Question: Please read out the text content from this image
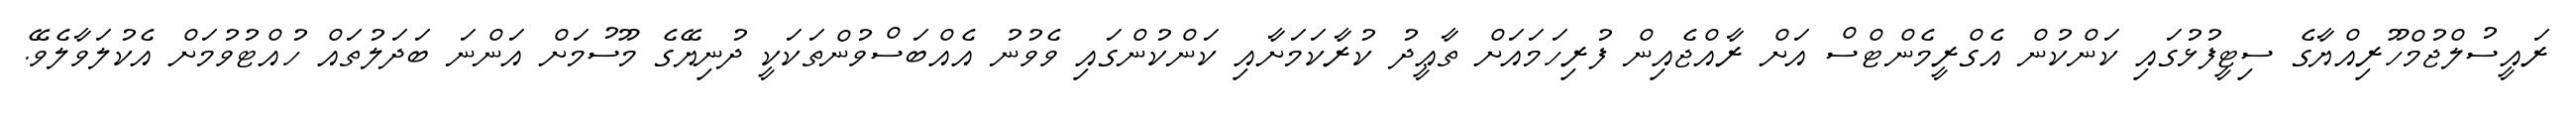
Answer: ރައީސުލްޖުމްހޫރިއްޔާގެ ސިޓީފުޅުގައި ކަންކުން އެގްރީމެންޓްސް އަށް ރާއްޖެއިން ފުރިހަމައަށް ތާޢީދު ކުރާކަމަށާއި ކަންކުންގައި ވެވުނު އެއްބަސްވުންތަކަކީ ދުނިޔޭގެ މޫސުމަށް އަންނަ ބަދަލުތައް ހުއްޓުވުމަށް އެކުލަވާލެވޭ.